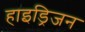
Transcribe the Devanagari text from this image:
हाइड्रिजन